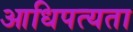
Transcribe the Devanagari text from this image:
आधिपत्यता